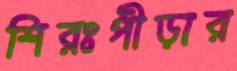
শিরঃপীড়ার